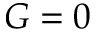
G = 0